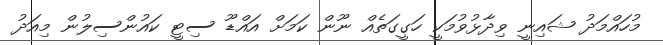
މުހައްމަދު ޝައިނީ ވިދާޅުވުމަކީ ހަގީގަތެއް ނޫން ކަމަށް އައްޑޫ ސިޓީ ކައުންސިލުން މިއަދު